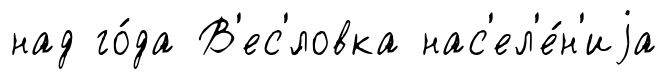
над го́да В'ес'́ловка нас'ел'е́н'иjа